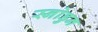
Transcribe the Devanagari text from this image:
स्नोडुन